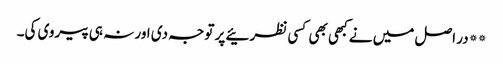
**در اصل میں نے کبھی بھی کسی نظرئیے پر توجہ دی اور نہ ہی پیروی کی۔